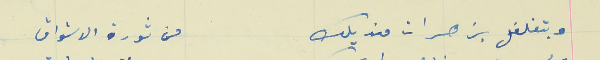
وبتغلغل بزهرات منديلك                                       من ثورة الاشواق